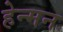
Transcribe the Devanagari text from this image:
हेन्मन